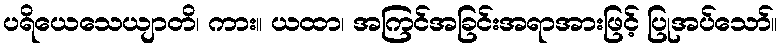
ပရိယေသေယျာတိ၊ ကား။ ယထာ၊ အကြင်အခြင်းအရာအားဖြင့် ပြုအပ်သော်။